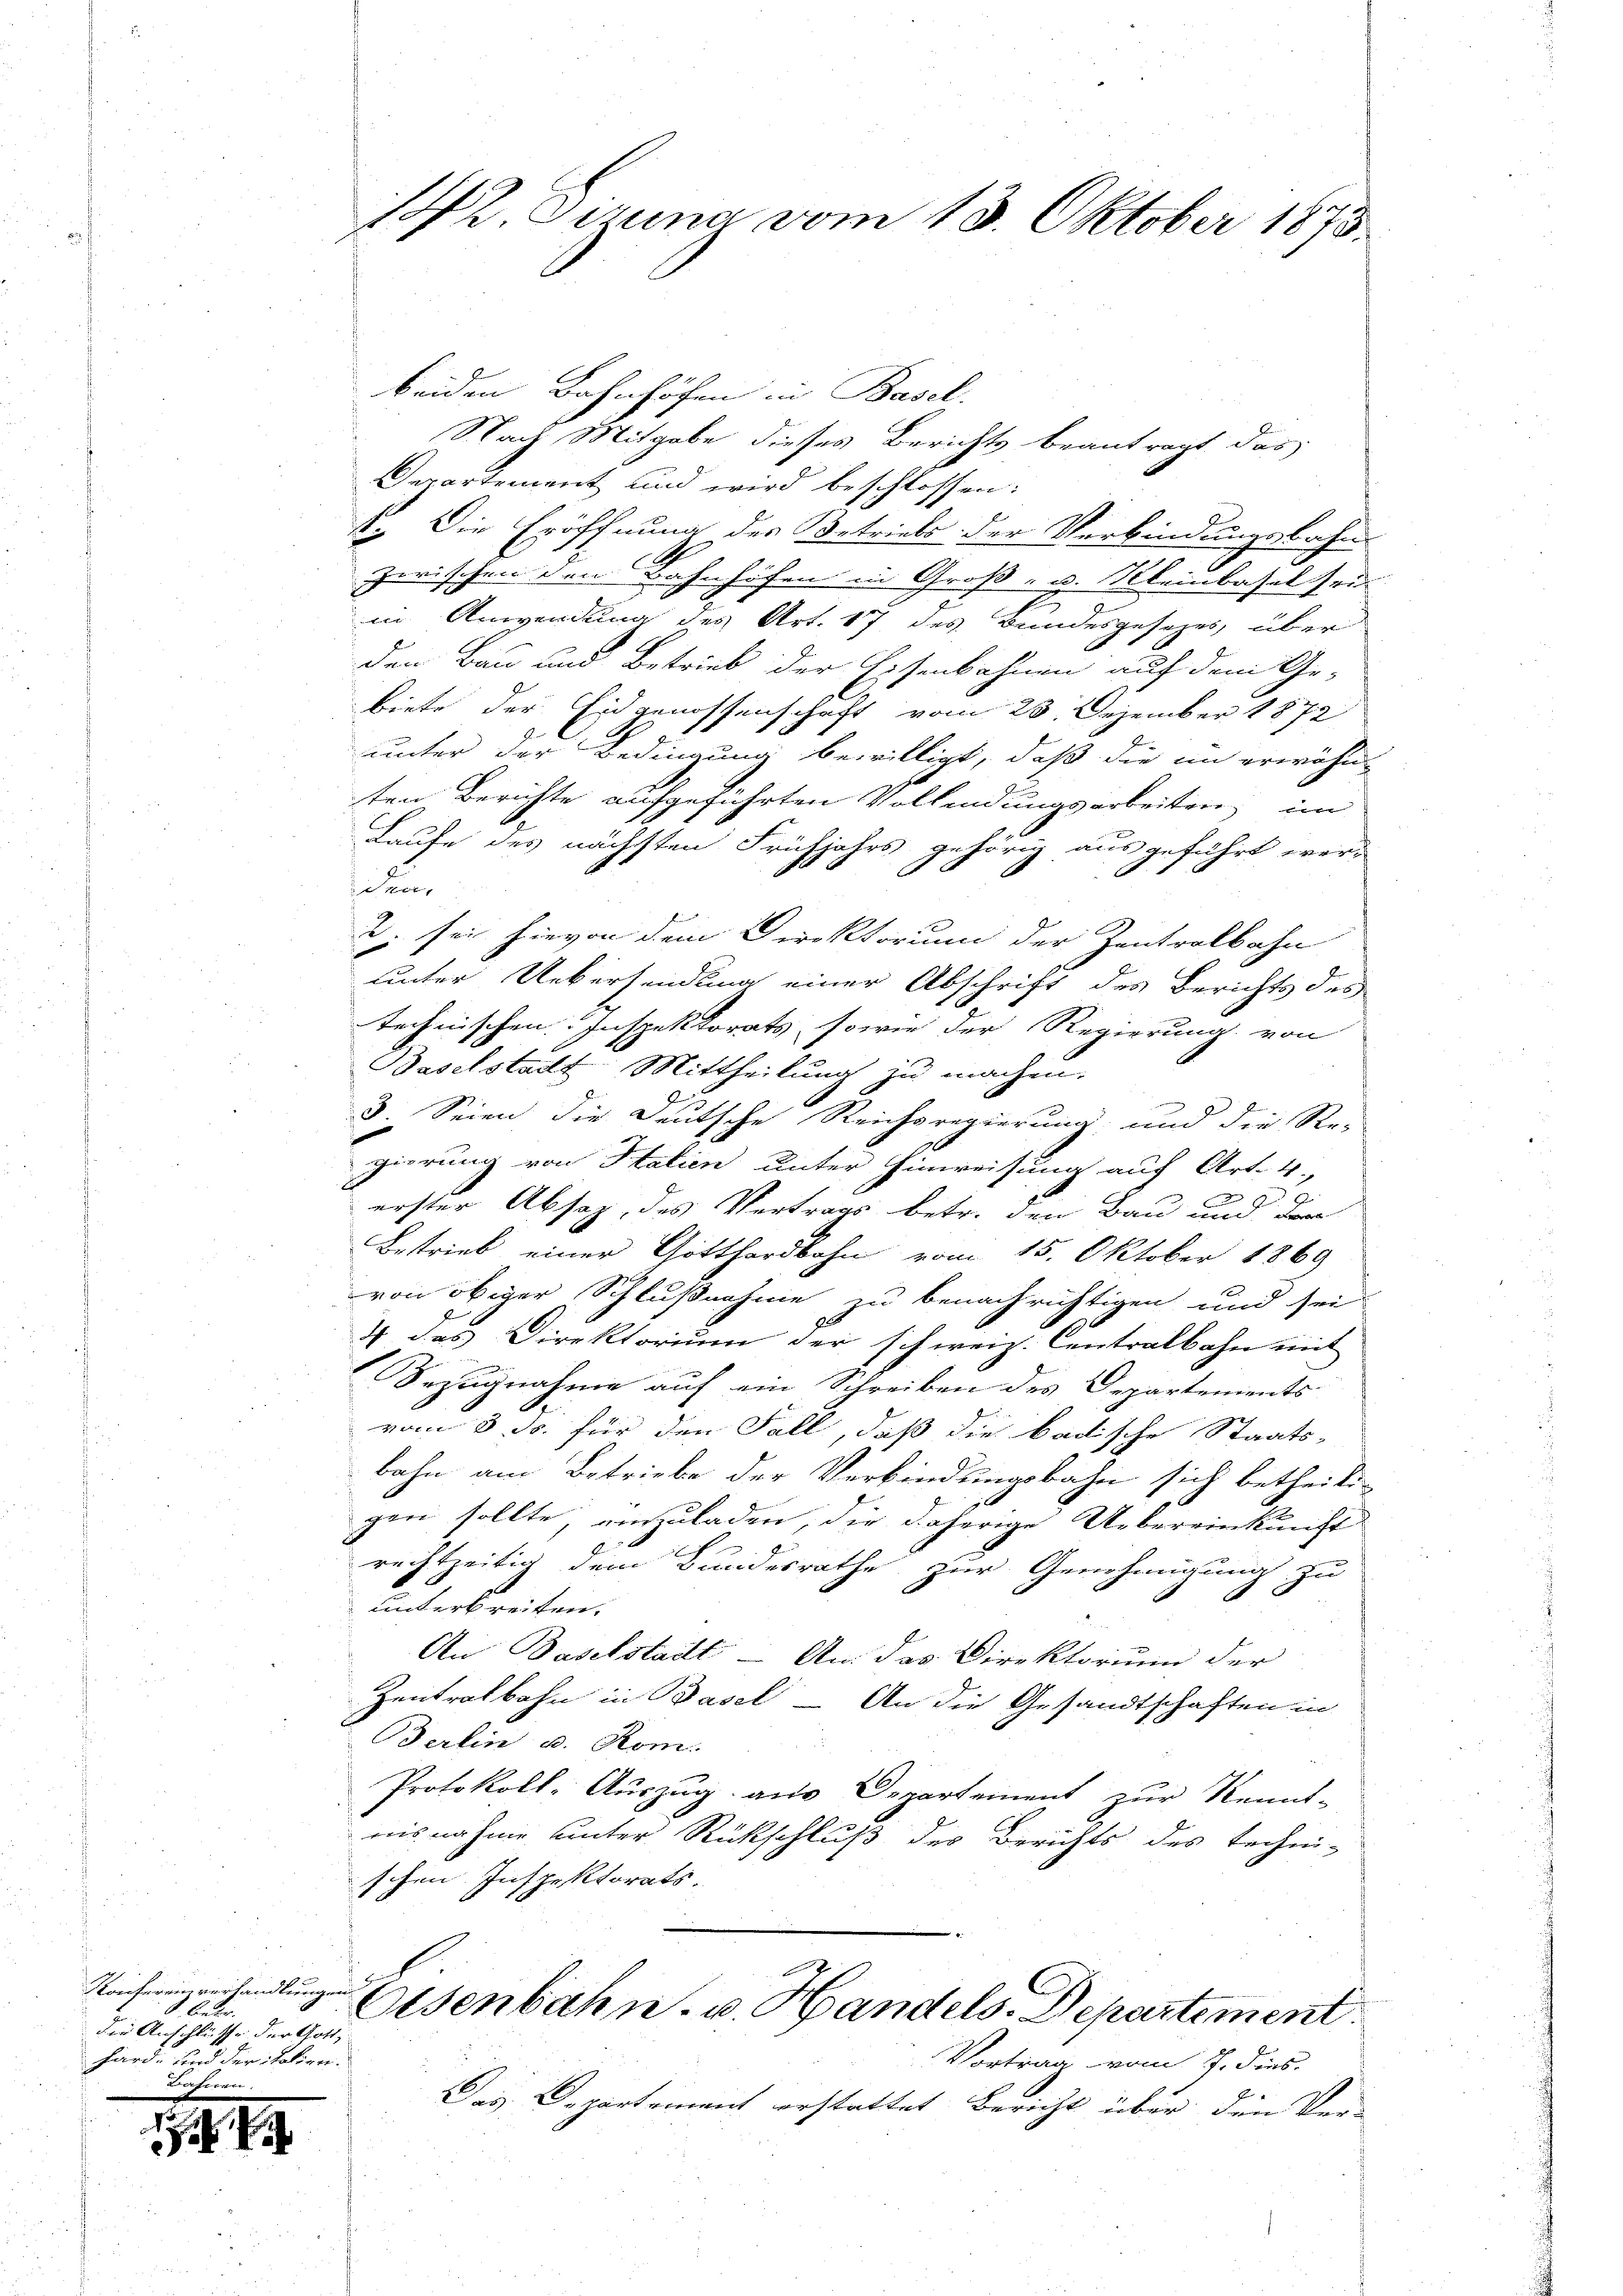
Konfereinverhandlungen
S. betr.
die Anschlüsse der Gott, |
hard, und der talieni¬
Breiterne

142. Gruna vom 13. Oktober 1873.

beiden Bahnhöfen in Basel.
Nach Mitgabe dieses Berichts beantragt das
Departement und wird beschlossen:
1. Die Eröffnung des Betriels der Verbindungsbahn
zwischen den Bahnhöfen in Groß- u. Kleinbasel seiin Anwendung des Art. 17 des Bundesgesezes über
den Bau und Betrieb der Eisenbahnen auf dem Ge-
biete der Eidgenossenschaft vom 25. Dezember 1872
unter der Bedingung bewilligt, daß die in erwähn-
ten Berichte aufgeführten Vollendungsarbeiten im
Laufe des nächsten Frühjahrs gehörig ausgeführt wer-
den.
2. sei hievon dem Direktorium der Zentralbahn
unter Uebersendung einer Abschrift des Berichts des
technischen Inspektorats, sowie der Regierung von
Baselstadt Mittheilung zu machen.
l
3. Seien die Deutsche Reichsregierung und die Re-
gierung von Halien unter Hinweisung auch Art. 4.
E
erster Absaz, des Vertrags betr. den Bau und der
Bestrieb einer Gotthardbahn vom 15. Oktober 1869
von obiger Schlußnahme zu benachrichtigen und sei
4 des Direktorium der schweiz. Centralbahn mit
Bezugnahme auf ein Schreiben des Departements
vom 8. ds. für den Fall, daß die badische Staats-
bahn am Betriebe der Verbindungsbahn sich betheiligen sollte, einzuladen, die daherige Uebereinkunft
rechtzeitig dem Bundesrathe zur Genehmigung zu
unterbreiten.
An Daselstadt An das Direktorium der
Zentralbahn in Basel An die Gesandtschaften in
erlin u. Rom.
Protokoll-Auszug aus Departement zur Kennt-
nisnahme unter Rückschluß des Berichts des techni-
schen Inspektorats.
Eisenbahn. v. Handels Departement
Vortrag vom 7. dies
Das Departement erstattet Bericht über den Ver-